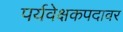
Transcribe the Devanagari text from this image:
पर्यवेक्षकपदावर